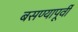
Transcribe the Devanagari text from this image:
बसण्यापूर्वी